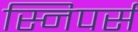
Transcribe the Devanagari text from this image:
स्निपर्स